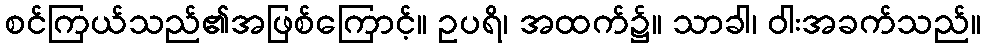
စင်ကြယ်သည်၏အဖြစ်ကြောင့်။ ဥပရိ၊ အထက်၌။ သာခါ၊ ဝါးအခက်သည်။